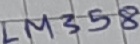
Text: LM358